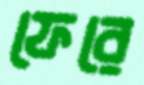
ফেরে